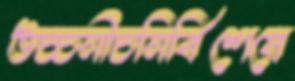
উচ্চনীচনির্বিশেষে